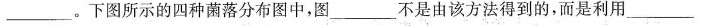
___。下图所示的四种菌落分布图中，图___不是由该方法得到的，而是利用___